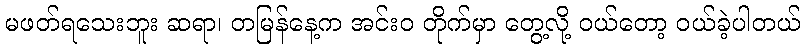
မဖတ်ရသေးဘူး ဆရာ၊ တမြန်နေ့က အင်းဝ တိုက်မှာ တွေ့လို့ ဝယ်တော့ ဝယ်ခဲ့ပါတယ်